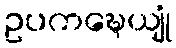
ဥပကဍ္ဎေယျုံ